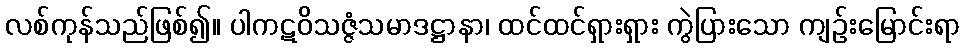
လစ်ကုန်သည်ဖြစ်၍။ ပါကဋဝိသဇ္ဇံသမာဒဋ္ဌာနာ၊ ထင်ထင်ရှားရှား ကွဲပြားသော ကျဉ်းမြောင်းရာ